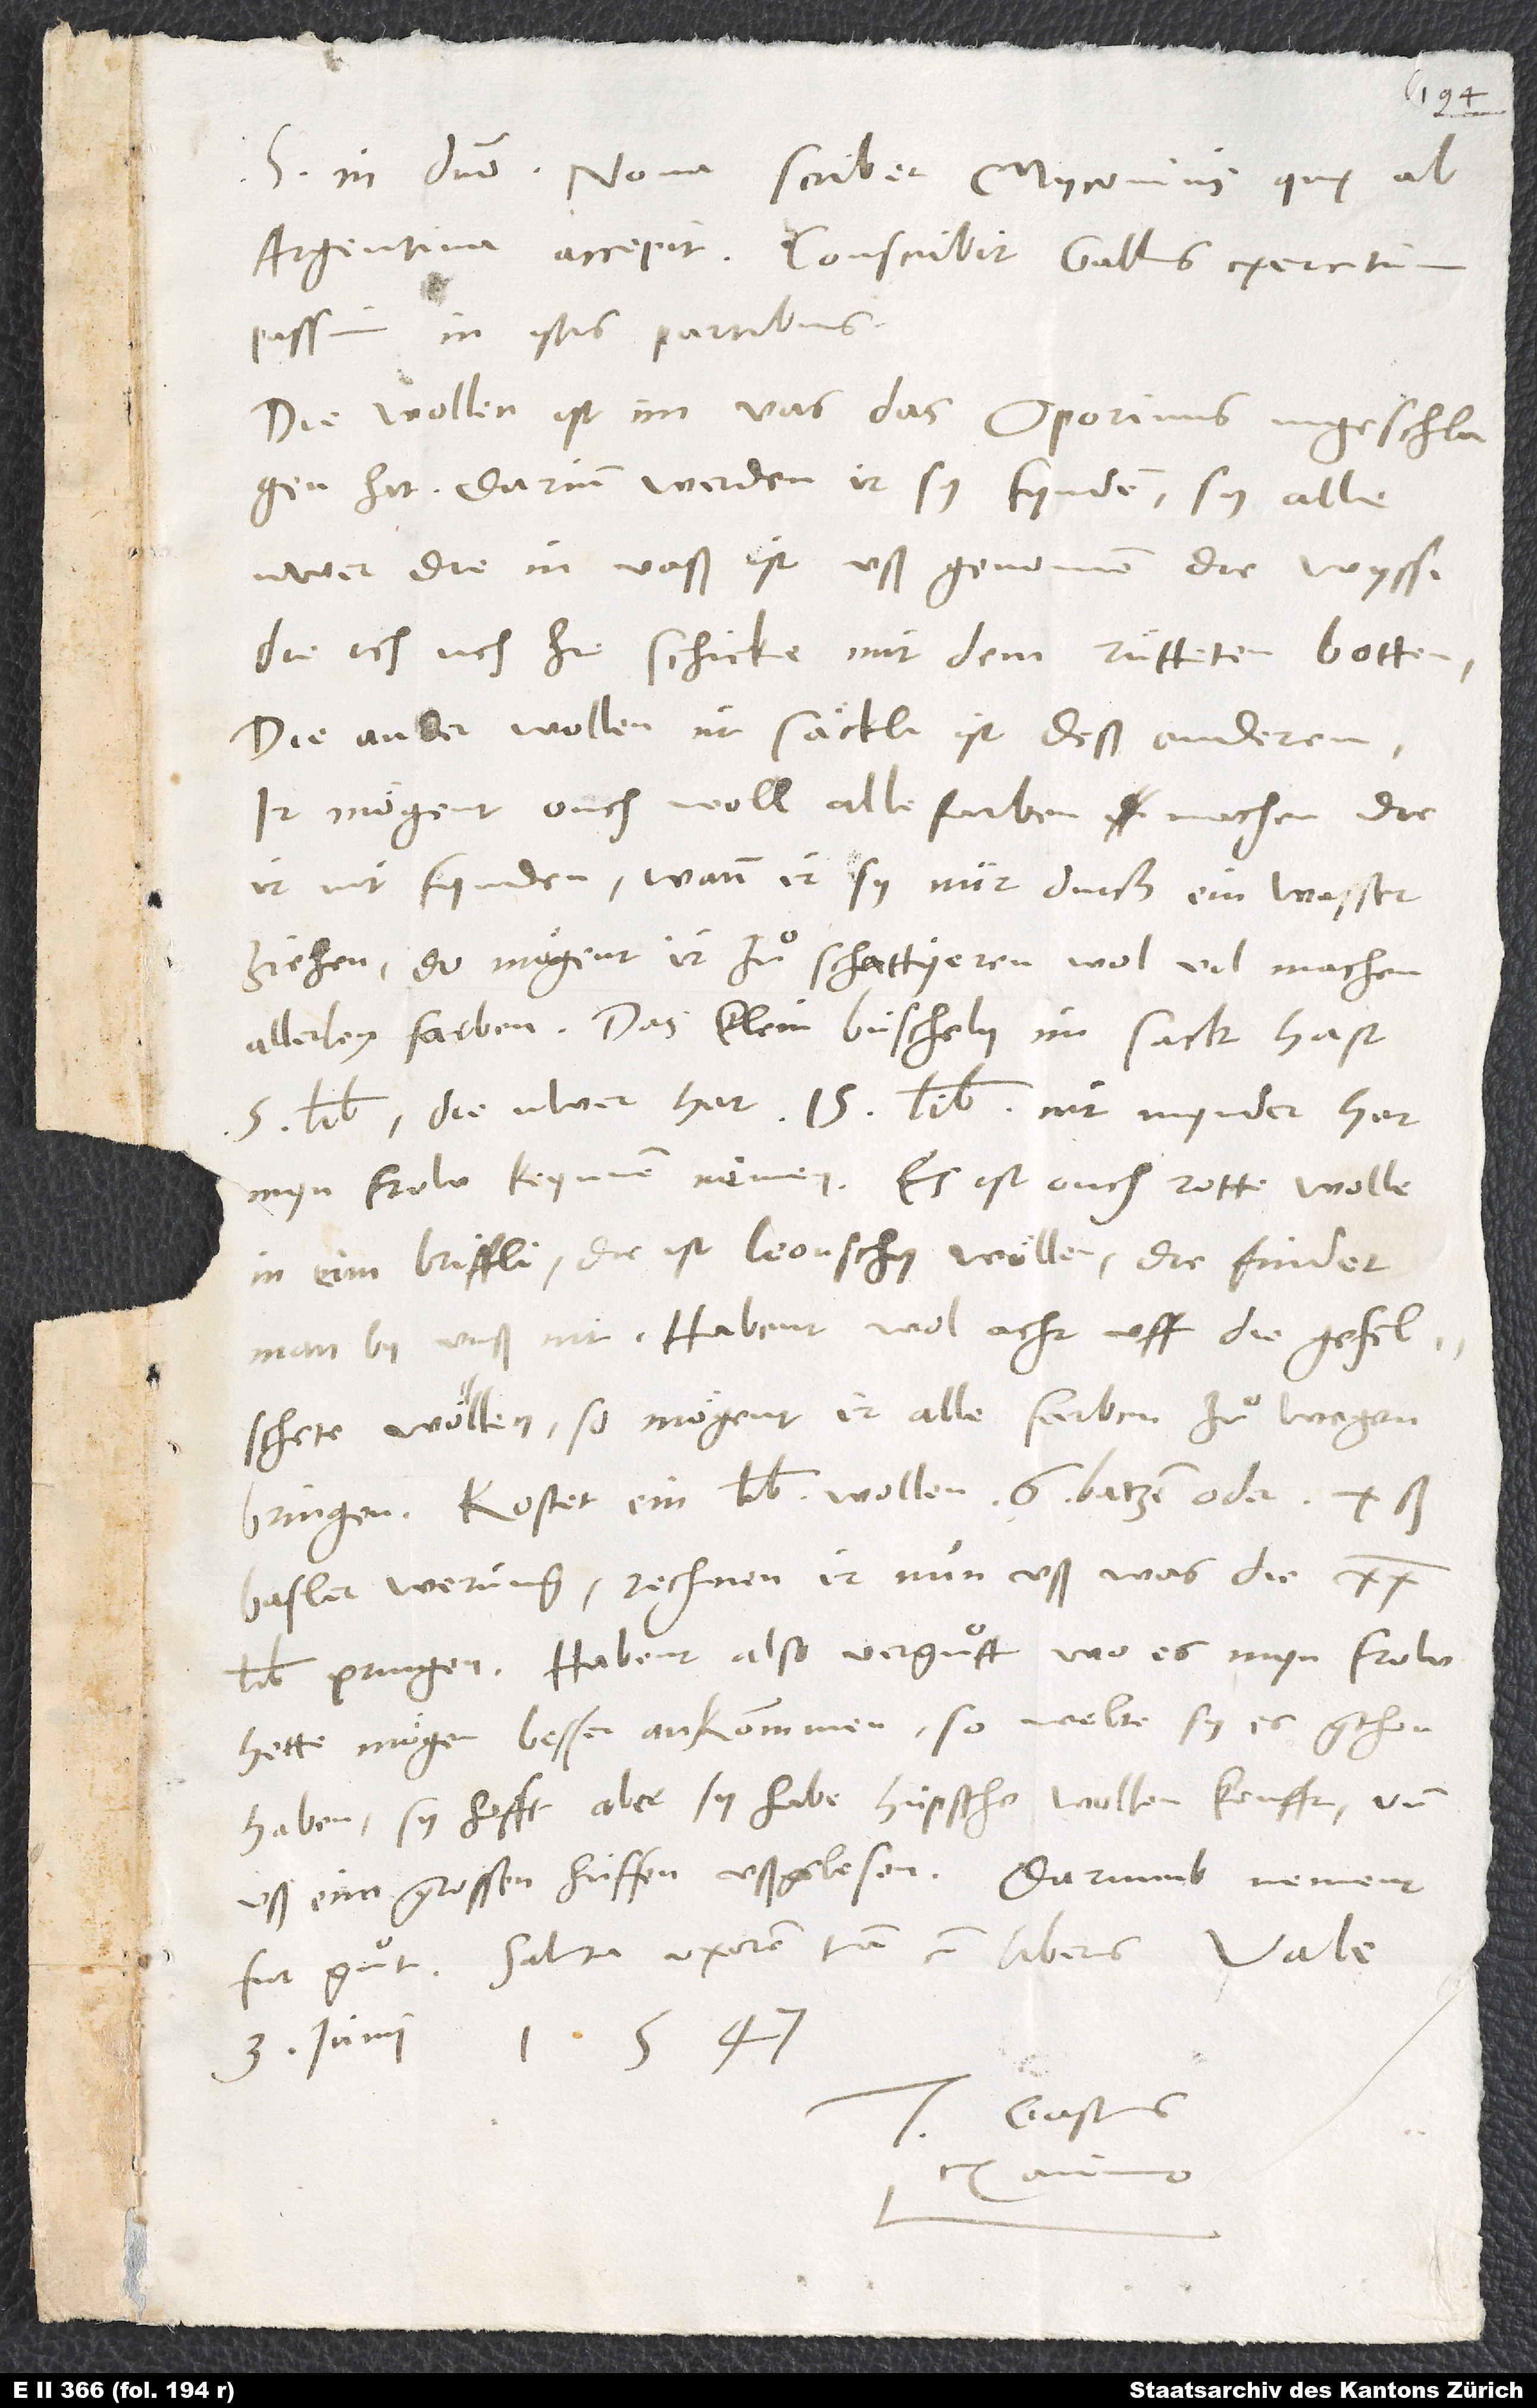
S. in domino. Nova scribit Myconius, quę ab
passim in istis partibus.
Die wollen ist im vas, das Oporinus ingeschlagen
hat. Darinn werden ir sy fynden. Sy alle
uwer, die in vaß ist, ußgenomen die wysse,
die ich uch hi schicke mit dem rütteten botten.
Die ander wollen im säckli ist deß anderen.
Ir mögent ouch woll alle farben machen, die
ir nit fynden, wann ir sy nur durch ein wasser
ziehen. Do mögent ir zuͦ schattyeren wol vil machen
allerley farben. Das klein büschley im sack hat
5 lib.; die uwer hat 15 lib. Nit mynder hat
myn frow keynnen nämen. Es ist ouch rotte wolle
in eim briffli. Die ist leonschy wöllen; die findet
man by unß nit. Habent wol acht uff die gefelschete
wöllen; so mögent ir alle farben zuͦ wegen
Kostet ein lib. wollen 6 batzen oder 10
Basler werung. Rechnen ir nun uß, was die 20
lib. pringen. Habent also verguͦtt. Wo es myn frow
hette mögen besser ankommen, so welte sy es gthon
haben. Sy hofft aber, sy habe hüpsche wollen keufft und
uß eim grossen huffen ußglesen. Darumb nement
Saluta uxorem tuam cum liberis. Vale.
3. iuni 1547.
Gastius
animo.